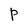
Character: P